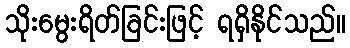
သိုးမွေးရိတ်ခြင်းဖြင့် ရရှိနိုင်သည်။